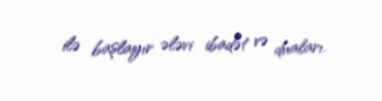
ilə başlayır ələvi ibadət və duaları.